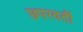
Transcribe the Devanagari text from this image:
छ्परवर्ती